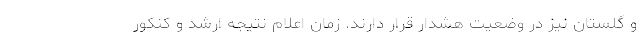
و گلستان نیز در وضعیت هشدار قرار دارند. زمان اعلام نتیجه ارشد و کنکور